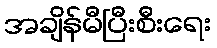
အချိန်မီပြီးစီးရေး